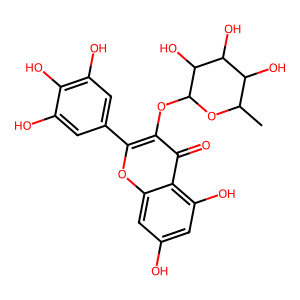
SMILES: CC1OC(Oc2c(-c3cc(O)c(O)c(O)c3)oc3cc(O)cc(O)c3c2=O)C(O)C(O)C1O
Inhibits HIV replication: No